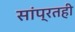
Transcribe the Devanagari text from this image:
सांप्रतही